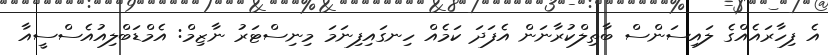
އެ ފިހާރައެެއްގެ ލައިސަންސް ބާތިލްކުރާނަން އެފަދަ ކަމެއް ހިނގައިފިނަމަ މިނިސްޓަރު ނާޒިމް: އެމްޑަބްލިއުއެސްސީއާ